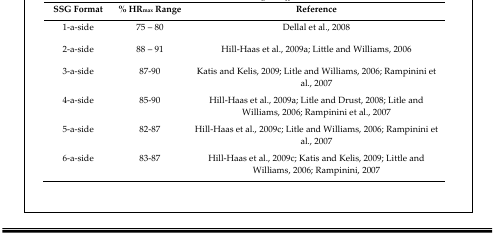
<table><thead><tr><td><b>SSG Format</b></td><td><b>% HR<sub>max</sub> Range</b></td><td><b>Reference</b></td></tr></thead><tbody><tr><td>1-a-side</td><td>75 – 80</td><td>Dellal et al., 2008</td></tr><tr><td>2-a-side</td><td>88 – 91</td><td>Hill-Haas et al., 2009a; Little and Williams, 2006</td></tr><tr><td>3-a-side</td><td>87–90</td><td>Katis and Kelis, 2009; Litle and Williams, 2006; Rampinini et al., 2007</td></tr><tr><td>4-a-side</td><td>85–90</td><td>Hill-Haas et al., 2009a; Litle and Drust, 2008; Litle and Williams, 2006; Rampinini et al., 2007</td></tr><tr><td>5-a-side</td><td>82–87</td><td>Hill-Haas et al., 2009c; Litle and Williams, 2006; Rampinini et al., 2007</td></tr><tr><td>6-a-side</td><td>83–87</td><td>Hill-Haas et al., 2009c; Katis and Kelis, 2009; Little and Williams, 2006; Rampinini, 2007</td></tr></tbody></table>